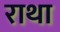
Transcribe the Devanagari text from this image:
राथा